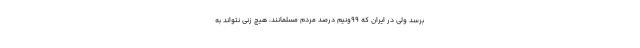
برسد ولی در ایران که 99ونیم درصد مردم مسلمانند، هیچ زنی نتواند به